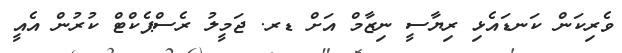
ވެރިކަން ކަނޑައެޅި ރިޔާސީ ނިޒާމް އަށް ޑރ. ޖަމީލު ރެސްޕެކްޓް ކުރުން އެއީ